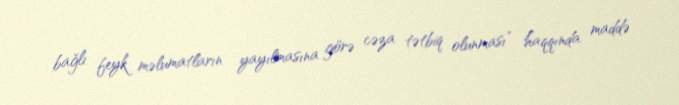
bağlı feyk məlumatların yayılmasına görə cəza tətbiq olunması” haqqında maddə